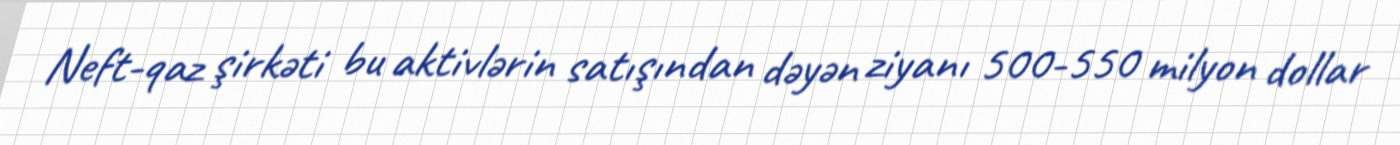
Neft-qaz şirkəti bu aktivlərin satışından dəyən ziyanı 500-550 milyon dollar